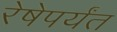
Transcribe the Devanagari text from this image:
रेषेपर्यंत